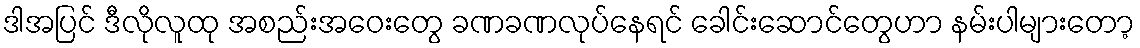
ဒါအပြင် ဒီလိုလူထု အစည်းအဝေးတွေ ခဏခဏလုပ်နေရင် ခေါင်းဆောင်တွေဟာ နမ်းပါများတော့